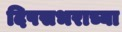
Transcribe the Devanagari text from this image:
दिपसभराच्या